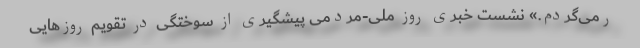
رمی‌گردم.» نشست خبری روز ملی-مردمی پیشگیری از سوختگی در تقویم روزهایی